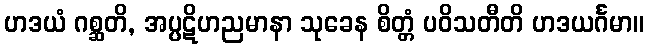
ဟဒယံ ဂစ္ဆတိ, အပ္ပဋိဟညမာနာ သုခေန စိတ္တံ ပဝိသတီတိ ဟဒယင်္ဂမာ။